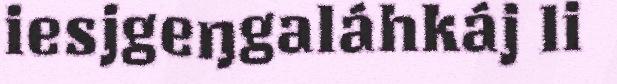
iesjgeŋgaláhkáj li